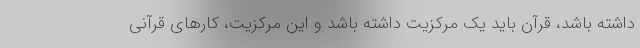
داشته باشد، قرآن باید یک مرکزیت داشته باشد و این مرکزیت، کارهای قرآنی